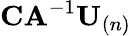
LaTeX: \mathbf{CA}^{-1}\mathbf{U}_{(n)}